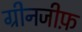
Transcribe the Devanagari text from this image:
ग्रीनजीफ़